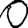
Digit: 0